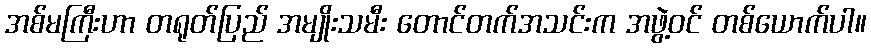
အစ်မကြီးဟာ တရုတ်ပြည် အမျိုးသမီး တောင်တက်အသင်းက အဖွဲ့ဝင် တစ်ယောက်ပါ။